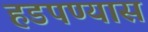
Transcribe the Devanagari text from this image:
हडपण्यास